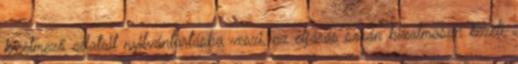
kérelmező adatait nyilvántartásba veszi, az eljárás során bizalmasan kezeli,